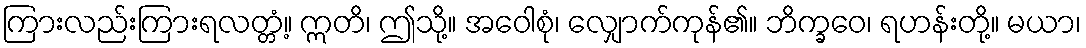
ကြားလည်းကြားရလတ္တံ့။ ဣတိ၊ ဤသို့။ အဝေါစုံ၊ လျှောက်ကုန်၏။ ဘိက္ခဝေ၊ ရဟန်းတို့။ မယာ၊